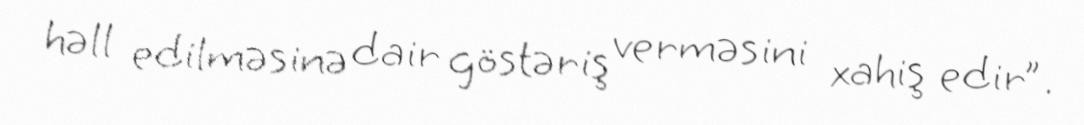
həll edilməsinə dair göstəriş verməsini xahiş edir”.